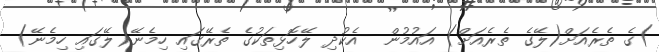
)ގެ ތެރެއަށް(ލޭގެ ތެރެއަށް) އައުމުން  އެކުދި ލޭހޮޅިތަކުގެ ތެރޭގައި ހިމެނޭ(ލޭގައި ހިމެނޭ)